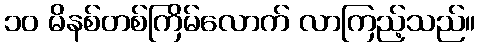
၁၀ မိနစ်တစ်ကြိမ်လောက် လာကြည့်သည်။